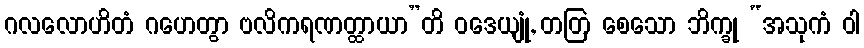
ဂလလောဟိတံ ဂဟေတွာ ဗလိကရဏတ္ထာယာ”တိ ဝဒေယျုံ, တတြ စေသော ဘိက္ခု “အသုကံ ဝါ